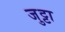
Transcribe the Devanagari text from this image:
जुट्टा